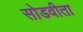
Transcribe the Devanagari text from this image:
सोडवीता